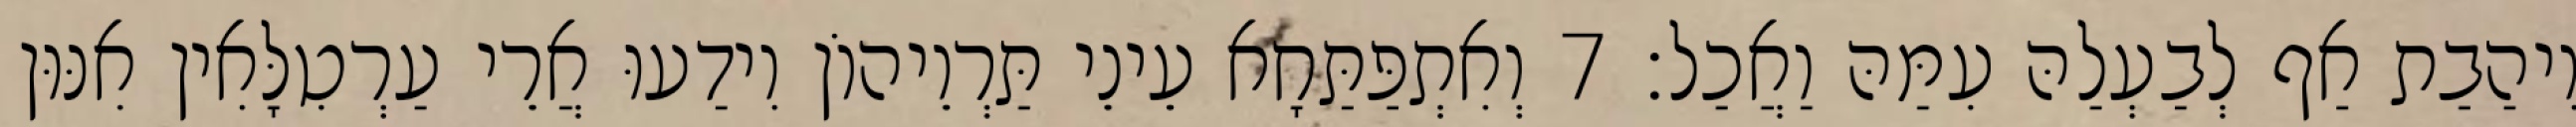
וִיהַבַת אַף לְבַעְלַהּ עִמַּהּ וַאֲכַל׃ 7 וְאִתְפַּתַּחָא עֵינֵי תַּרְוֵיהוֹן וִידַעוּ אֲרֵי עַרְטִלָּאִין אִנּוּן